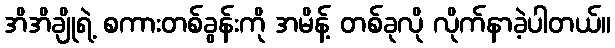
အိအိချိုရဲ့ စကားတစ်ခွန်းကို အမိန့် တစ်ခုလို လိုက်နာခဲ့ပါတယ်။